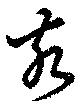
亥